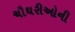
ચૌઘરીઓની